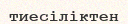
тиесіліктен